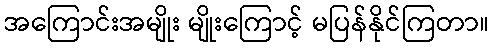
အကြောင်းအမျိုး မျိုးကြောင့် မပြန်နိုင်ကြတာ။